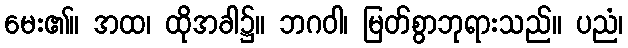
မေး၏။ အထ၊ ထိုအခါ၌။ ဘဂဝါ၊ မြတ်စွာဘုရားသည်။ ပညံ၊